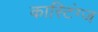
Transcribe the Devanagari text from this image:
कास्टिंग्ज